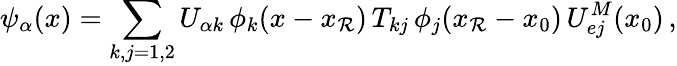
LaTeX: \psi_{\alpha}(x)=\sum_{k,j=1,2}U_{{\alpha}k}\, \phi_{k}(x-x_{\mathcal{R}})\, T_{kj}\, \phi_{j}(x_{\mathcal{R}}-x_{0})\, U_{ej}^{M}(x_{0})\, ,